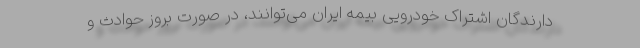
دارندگان اشتراک خودرویی بیمه ایران می‌توانند، در صورت بروز حوادث و